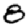
Digit: 8